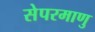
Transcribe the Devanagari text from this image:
सेपरमाणु